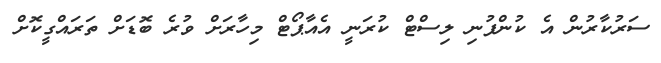
ސަރުކާރުން އެ ކުންފުނި ލިސްޓް ކުރަނީ އެއާޕޯޓް މިހާރަށް ވުރެ ބޮޑަށް ތަރައްގީކޮށް